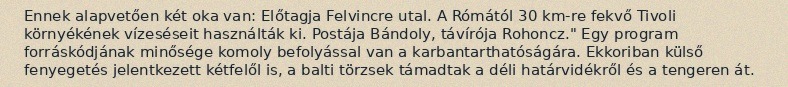
Ennek alapvetően két oka van: Előtagja Felvincre utal. A Rómától 30 km-re fekvő Tivoli környékének vízeséseit használták ki. Postája Bándoly, távírója Rohoncz." Egy program forráskódjának minősége komoly befolyással van a karbantarthatóságára. Ekkoriban külső fenyegetés jelentkezett kétfelől is, a balti törzsek támadtak a déli határvidékről és a tengeren át.